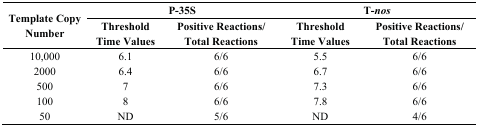
<table><thead><tr><td rowspan="2"><b>Template Copy Number</b></td><td colspan="2"><b>P-35S</b></td><td colspan="2"><b>T-<i>nos</i></b></td></tr><tr><td><b>Threshold Time Values</b></td><td><b>Positive Reactions/Total Reactions</b></td><td><b>Threshold Time Values</b></td><td><b>Positive Reactions/Total Reactions</b></td></tr></thead><tbody><tr><td>10,000</td><td>6.1</td><td>6/6</td><td>5.5</td><td>6/6</td></tr><tr><td>2000</td><td>6.4</td><td>6/6</td><td>6.7</td><td>6/6</td></tr><tr><td>500</td><td>7</td><td>6/6</td><td>7.3</td><td>6/6</td></tr><tr><td>100</td><td>8</td><td>6/6</td><td>7.8</td><td>6/6</td></tr><tr><td>50</td><td>ND</td><td>5/6</td><td>ND</td><td>4/6</td></tr></tbody></table>